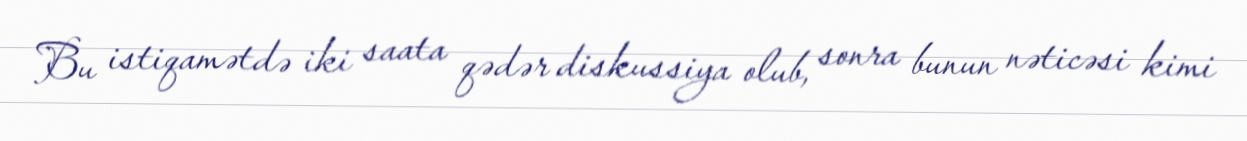
Bu istiqamətdə iki saata qədər diskussiya olub, sonra bunun nəticəsi kimi